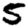
Digit: 5